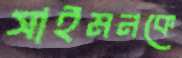
সাইমনকে